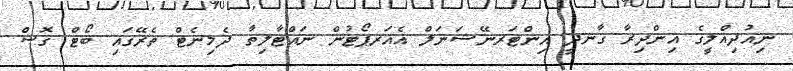
ނިއުދިއްލީގެ އިންދިރާ ގާނދީ އިންޓަރނޭޝަނަލް އެއަރޕޯޓުން ނައްޓާލިތާ ދެމިނެޓް ތެރޭގައި ބޯޓް ގޮސް